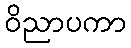
ဝိညာပကာ